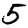
Digit: 5